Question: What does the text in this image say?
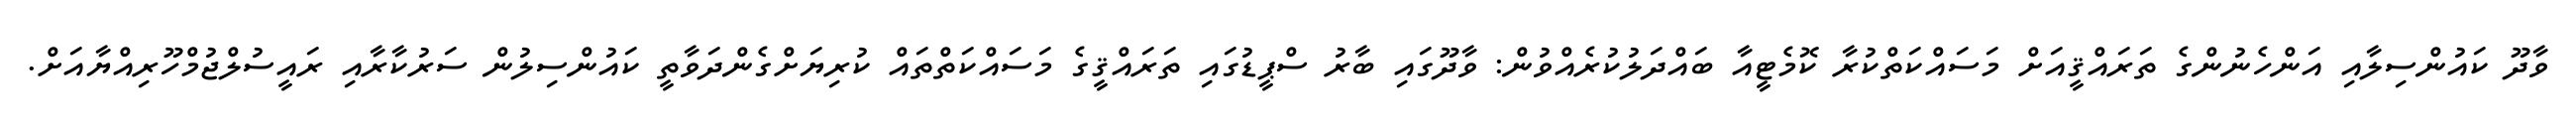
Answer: ވާދޫ ކައުންސިލާއި އަންހެނުންގެ ތަރައްޤީއަށް މަސައްކަތްކުރާ ކޮމެޓީއާ ބައްދަލުކުރެއްވުން: ވާދޫގައި ބާރު ސްޕީޑުގައި ތަރައްޤީގެ މަސައްކަތްތައް ކުރިޔަށްގެންދަވާތީ ކައުންސިލުން ސަރުކާރާއި ރައީސުލްޖުމްހޫރިއްޔާއަށް.